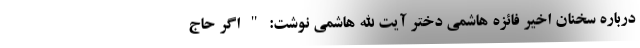
درباره سخنان اخیر فائزه هاشمی دختر آیت الله هاشمی نوشت: " اگر حاج